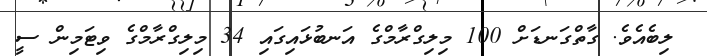
ލިބެއެވެ. ގާތްގަނޑަށް 100 މިލިގްރާމްގެ އަނބުޅައިގައި 34 މިލިގްރާމްގެ ވިޓަމިން ސީ